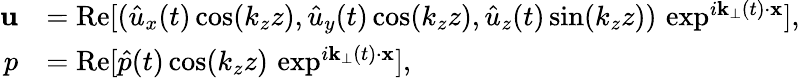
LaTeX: \begin{array}{rl}{\textbf{u}}&{=\mathrm{Re}[(\hat{u}_{x}(t)\cos(k_{z}z),\hat{u}_{y}(t)\cos(k_{z}z),\hat{u}_{z}(t)\sin(k_{z}z))\, \exp^{i\textbf{k}_{\perp}(t)\cdot\textbf{x}}],}\\ {p}&{=\mathrm{Re}[\hat{p}(t)\cos(k_{z}z)\, \exp^{i\textbf{k}_{\perp}(t)\cdot\textbf{x}}],}\end{array}